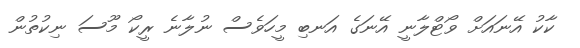
ކާކު އޭނައަށް ވޯޓްލާނީ އޭނަގެ އަނބި މީހަވެސް ނުލާނެ ރީކޯ މޫސަ ނިކުތުން